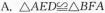
A.△AED≌△BFA